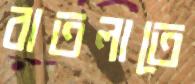
বাতলাতে